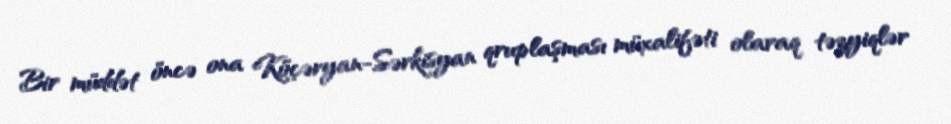
Bir müddət öncə ona Köçəryan-Sərkisyan qruplaşması müxalifəti olaraq təzyiqlər